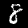
Digit: 8